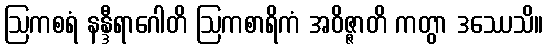
ဩကစရံ နန္ဒီရာဂေါတိ ဩကစာရိကံ အဝိဇ္ဇာတိ ကတွာ ဒဿေသိ။